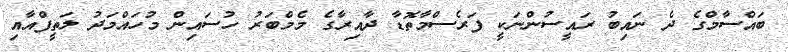
ބައްސާމްގެ ދެ ނައިބު ރައީސުންނަކީ ފަރެސްމާތޮޑާ ދާއިރާގެ މެމްބަރު ހުސައިން މުހައްމަދު ލަތީފްއާއި